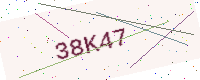
Text: 38K47